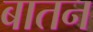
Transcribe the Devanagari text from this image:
बातन